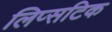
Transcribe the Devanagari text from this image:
लिप्सटिक